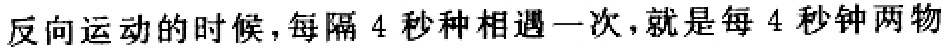
反向运动的时候,每隔 4 秒钟相遇一次,就是每 4 秒钟两物